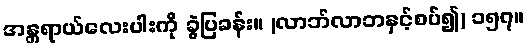
အန္တရာယ်လေးပါးကို ခွဲပြခန်း။ (လာဘ်လာဘနှင့်စပ်၍) ၁၅၇။